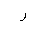
Letter: _ra